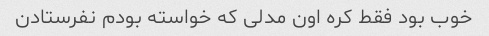
خوب بود فقط کره اون مدلی که خواسته بودم نفرستادن